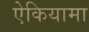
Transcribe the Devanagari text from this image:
ऐकियामा